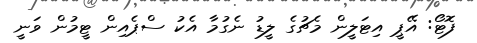
ފޮޓޯ: އޭޕީ އިޓަލީން މެޗުގެ ލީޑު ނެގުމާ އެކު ސްޕެއިން ޓީމުން ވަނީ